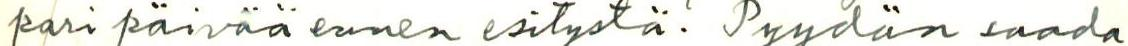
pari päivää ennen esitystä. Pyydän saada